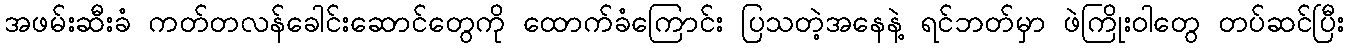
အဖမ်းဆီးခံ ကတ်တလန်ခေါင်းဆောင်တွေကို ထောက်ခံကြောင်း ပြသတဲ့အနေနဲ့ ရင်ဘတ်မှာ ဖဲကြိုးဝါတွေ တပ်ဆင်ပြီး